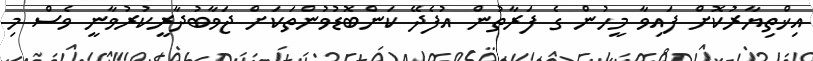
އިޚްތިޔާރުކޮށް ފައިވާ މީހުން ގެ ފަރާތުން އުފެދޭ ކަންބޮޑުވުންތަކަށް ޖަވާބުދާރީކުރުވާނީ ވެސް މި